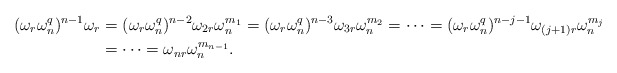
\begin{align*}(\omega_r \omega_n^q)^{n-1}\omega_r &=(\omega_r \omega_n^q)^{n-2}\omega_{2r} \omega_n^{m_1}=(\omega_r \omega_n^q)^{n-3}\omega_{3r} \omega_n^{m_2}=\dots=(\omega_r \omega_n^q)^{n-j-1}\omega_{(j+1)r} \omega_n^{m_j}\\ &=\dots=\omega_{nr} \omega_n^{m_{n-1}}. \end{align*}